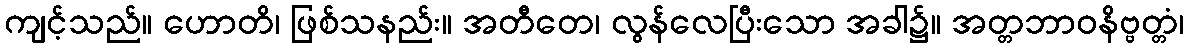
ကျင့်သည်။ ဟောတိ၊ ဖြစ်သနည်း။ အတီတေ၊ လွန်လေပြီးသော အခါ၌။ အတ္တဘာဝနိဗ္ဗတ္တံ၊